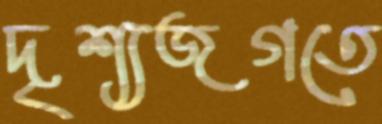
দৃশ্যজগতে